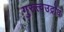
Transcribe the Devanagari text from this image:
गुरुत्वउद्रोध